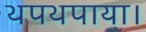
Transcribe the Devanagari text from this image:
थपथपाया।